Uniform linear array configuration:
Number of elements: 32
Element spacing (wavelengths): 0.25
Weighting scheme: exponential
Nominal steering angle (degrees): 30
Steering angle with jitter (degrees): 30.677
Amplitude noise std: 0.05
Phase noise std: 0.05

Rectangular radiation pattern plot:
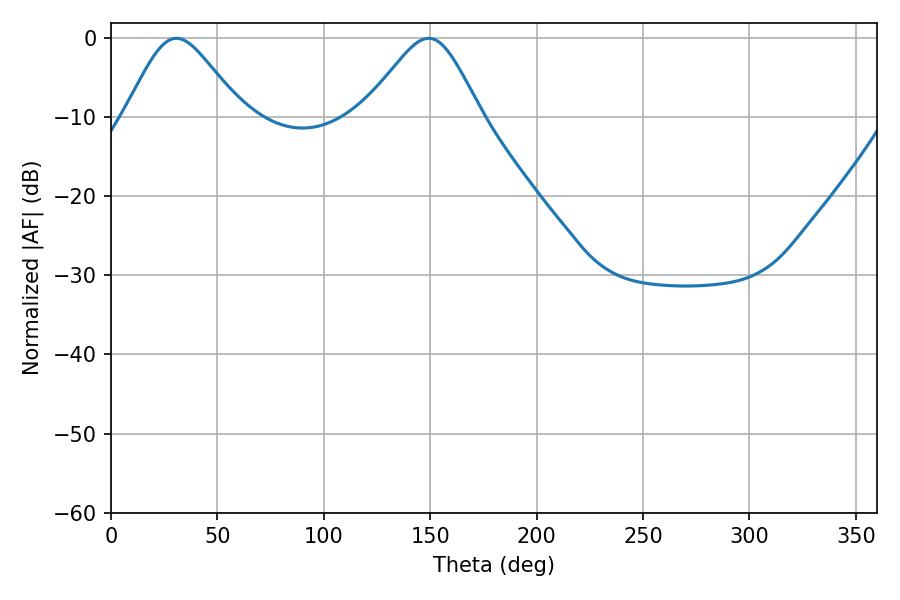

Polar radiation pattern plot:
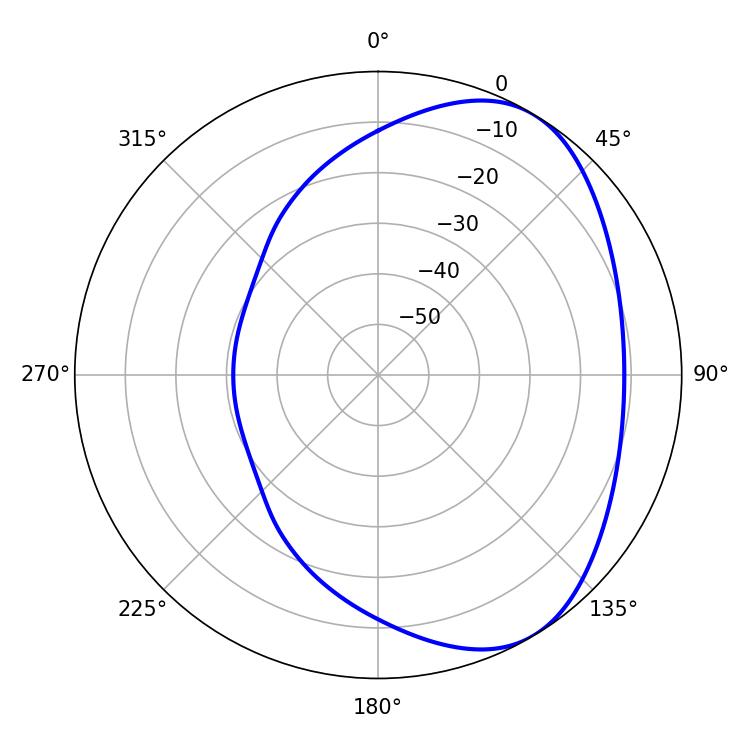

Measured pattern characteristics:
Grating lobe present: FALSE
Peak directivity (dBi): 4.951
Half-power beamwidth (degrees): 26.82
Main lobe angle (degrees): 30.78